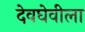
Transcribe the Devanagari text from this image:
देवघेवीला